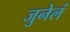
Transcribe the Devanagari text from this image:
जुनेलं